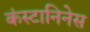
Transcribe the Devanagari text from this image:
कंस्टानिनेस